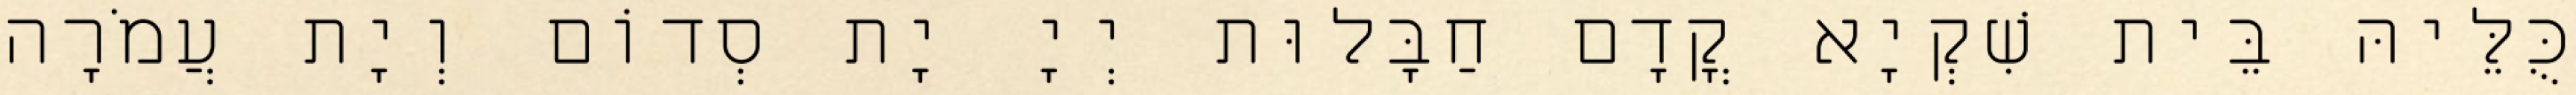
כֻּלֵּיהּ בֵּית שִׁקְיָא קֳדָם חַבָּלוּת יְיָ יָת סְדוֹם וְיָת עֲמֹרָה